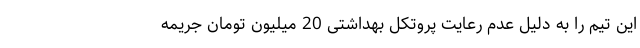
این تیم را به دلیل عدم رعایت پروتکل بهداشتی 20 میلیون تومان جریمه